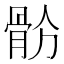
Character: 𩨧